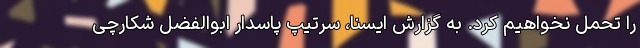
را تحمل نخواهیم کرد. به گزارش ایسنا، سرتیپ پاسدار ابوالفضل شکارچی